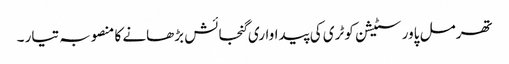
تھرمل پاور سٹیشن کوٹری کی پیداواری گنجائش بڑھانے کا منصوبہ تیار ۔